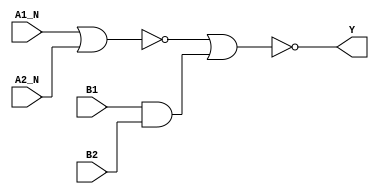
/*
 * Copyright 2020 The SkyWater PDK Authors
 *
 * Licensed under the Apache License, Version 2.0 (the "License");
 * you may not use this file except in compliance with the License.
 * You may obtain a copy of the License at
 *
 *     https://www.apache.org/licenses/LICENSE-2.0
 *
 * Unless required by applicable law or agreed to in writing, software
 * distributed under the License is distributed on an "AS IS" BASIS,
 * WITHOUT WARRANTIES OR CONDITIONS OF ANY KIND, either express or implied.
 * See the License for the specific language governing permissions and
 * limitations under the License.
 *
 * SPDX-License-Identifier: Apache-2.0
*/


`ifndef SKY130_FD_SC_HDLL__A2BB2OI_BEHAVIORAL_V
`define SKY130_FD_SC_HDLL__A2BB2OI_BEHAVIORAL_V

/**
 * a2bb2oi: 2-input AND, both inputs inverted, into first input, and
 *          2-input AND into 2nd input of 2-input NOR.
 *
 *          Y = !((!A1 & !A2) | (B1 & B2))
 *
 * Verilog simulation functional model.
 */

`timescale 1ns / 1ps
`default_nettype none

`celldefine
module sky130_fd_sc_hdll__a2bb2oi (
    Y   ,
    A1_N,
    A2_N,
    B1  ,
    B2
);

    // Module ports
    output Y   ;
    input  A1_N;
    input  A2_N;
    input  B1  ;
    input  B2  ;

    // Module supplies
    supply1 VPWR;
    supply0 VGND;
    supply1 VPB ;
    supply0 VNB ;

    // Local signals
    wire and0_out  ;
    wire nor0_out  ;
    wire nor1_out_Y;

    //  Name  Output      Other arguments
    and and0 (and0_out  , B1, B2            );
    nor nor0 (nor0_out  , A1_N, A2_N        );
    nor nor1 (nor1_out_Y, nor0_out, and0_out);
    buf buf0 (Y         , nor1_out_Y        );

endmodule
`endcelldefine

`default_nettype wire
`endif  // SKY130_FD_SC_HDLL__A2BB2OI_BEHAVIORAL_V